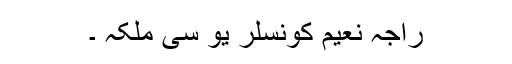
راجہ نعیم کونسلر یو سی ملکہ ۔